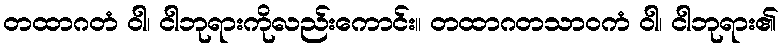
တထာဂတံ ဝါ၊ ငါဘုရားကိုလည်းကောင်း။ တထာဂတသာဝကံ ဝါ၊ ငါဘုရား၏